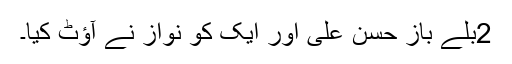
2بلے باز حسن علی اور ایک کو نواز نے آؤٹ کیا۔